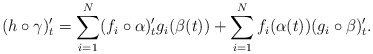
\begin{align*}(h\circ \gamma)'_t = \sum_{i=1}^N (f_i\circ \alpha)'_t g_i(\beta(t))+ \sum_{i=1}^N f_i(\alpha(t)) (g_i \circ \beta)_t'.\end{align*}